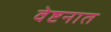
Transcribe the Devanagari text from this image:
वेष्टनात